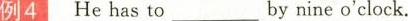
例4 He has to ___ by nine o'clock.